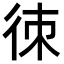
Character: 𢓣